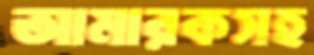
আমারকসহ